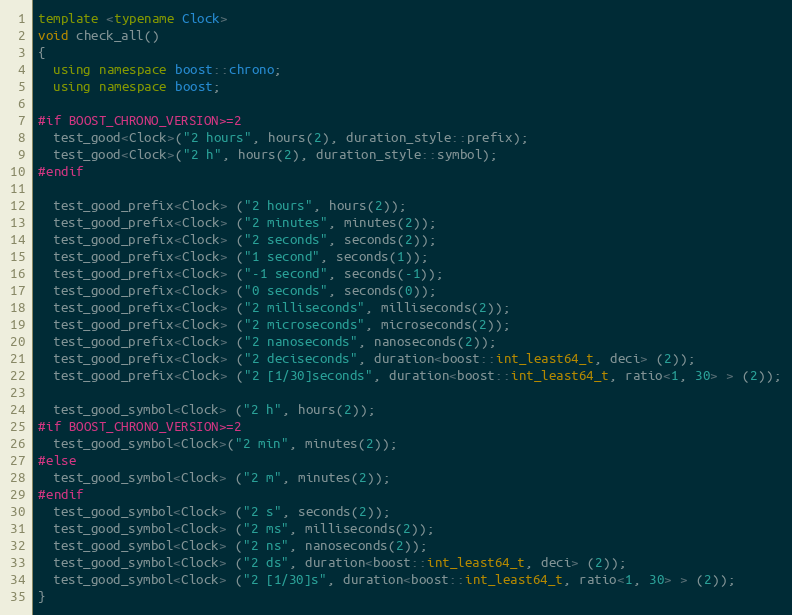
Language: C++
template <typename Clock>
void check_all()
{
  using namespace boost::chrono;
  using namespace boost;

#if BOOST_CHRONO_VERSION>=2
  test_good<Clock>("2 hours", hours(2), duration_style::prefix);
  test_good<Clock>("2 h", hours(2), duration_style::symbol);
#endif

  test_good_prefix<Clock> ("2 hours", hours(2));
  test_good_prefix<Clock> ("2 minutes", minutes(2));
  test_good_prefix<Clock> ("2 seconds", seconds(2));
  test_good_prefix<Clock> ("1 second", seconds(1));
  test_good_prefix<Clock> ("-1 second", seconds(-1));
  test_good_prefix<Clock> ("0 seconds", seconds(0));
  test_good_prefix<Clock> ("2 milliseconds", milliseconds(2));
  test_good_prefix<Clock> ("2 microseconds", microseconds(2));
  test_good_prefix<Clock> ("2 nanoseconds", nanoseconds(2));
  test_good_prefix<Clock> ("2 deciseconds", duration<boost::int_least64_t, deci> (2));
  test_good_prefix<Clock> ("2 [1/30]seconds", duration<boost::int_least64_t, ratio<1, 30> > (2));

  test_good_symbol<Clock> ("2 h", hours(2));
#if BOOST_CHRONO_VERSION>=2
  test_good_symbol<Clock>("2 min", minutes(2));
#else
  test_good_symbol<Clock> ("2 m", minutes(2));
#endif
  test_good_symbol<Clock> ("2 s", seconds(2));
  test_good_symbol<Clock> ("2 ms", milliseconds(2));
  test_good_symbol<Clock> ("2 ns", nanoseconds(2));
  test_good_symbol<Clock> ("2 ds", duration<boost::int_least64_t, deci> (2));
  test_good_symbol<Clock> ("2 [1/30]s", duration<boost::int_least64_t, ratio<1, 30> > (2));
}